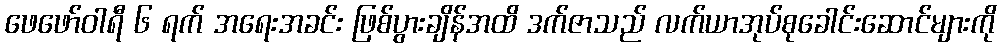
ဖေဖော်ဝါရီ ၆ ရက် အရေးအခင်း ဖြစ်ပွားချိန်အထိ ဒက်ဇာသည် လက်ယာအုပ်စုခေါင်းဆောင်များကို